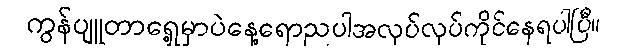
ကွန်ပျူတာရှေ့မှာပဲနေ့ရောညပါအလုပ်လုပ်ကိုင်နေရပါပြီ။